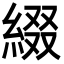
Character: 綴